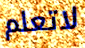
لاتعلم